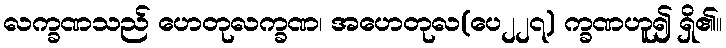
လက္ခဏသည် ဟေတုလက္ခဏ၊ အဟေတုလ(ပေ၂၂၇) က္ခဏဟူ၍ ရှိ၏။